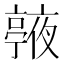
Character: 𠆙